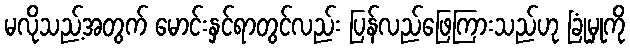
မလိုသည့်အတွက် မောင်းနှင်ရာတွင်လည်း ပြန်လည်ဖြေကြားသည်ဟု ခြုံမှုကို